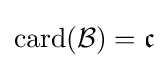
\mathrm {card} ({\mathcal {B}})={\mathfrak {c}}